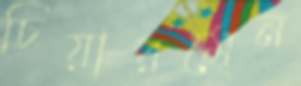
চিয়ারমেন